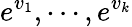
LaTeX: e^{v_{1}},\cdots,e^{v_{k}}